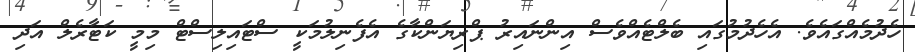
ހެދުމެއްގައެވެ. އެހެދުމުގައި ބެލްޓެއްވެސް އިންނައިރު ޕްރިޔަންކާގެ އެފެނިލުމަކީ ސްޓައިލިސްޓް މިމީ ކަޓާރެލް އަދި